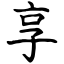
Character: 享